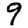
Digit: 9